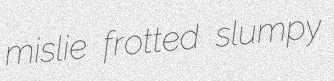
mislie frotted slumpy